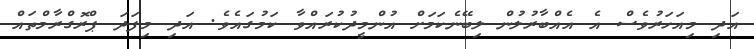
އަދި މިއަހަރުވެސް އެ އެއްބާރުލުން ލިބޭނެކަމަށް އުންމީދުކުރައްވާ ކަމުގައެވެ. އަދި މިފަދަ ޕްރޮގްރާމްތައް